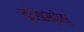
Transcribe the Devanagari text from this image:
नृसिंहस्तोत्र